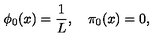
\phi _ { 0 } ( x ) = \displaystyle \frac { 1 } { L } , \quad \pi _ { 0 } ( x ) = 0 ,